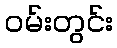
ဝမ်းတွင်း